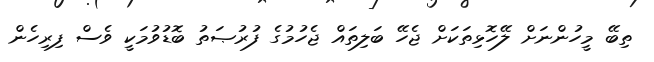
ތިބޭ މީހުންނަށް ލޭހޮޅިތަކަށް ޖެހޭ ބަލިތައް ޖެހުމުގެ ފުރުޞަތު ބޮޑުވުމަކީ ވެސް ފިރިހެން